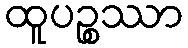
ထူပဉ္စဿာ